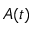
A ( t )